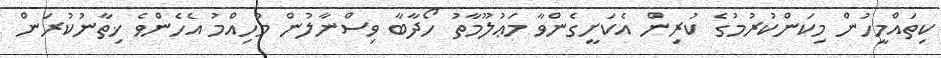
ކިތައްމީހުން މިކަންކުރުމުގެ ކުރިން އެކަށީގެންވާ މަޢުލޫމާތު ހޯދާބާ ވިސްނާލުން މުހިއްމު އެހެންވެ ޚިތާނުކުރަން